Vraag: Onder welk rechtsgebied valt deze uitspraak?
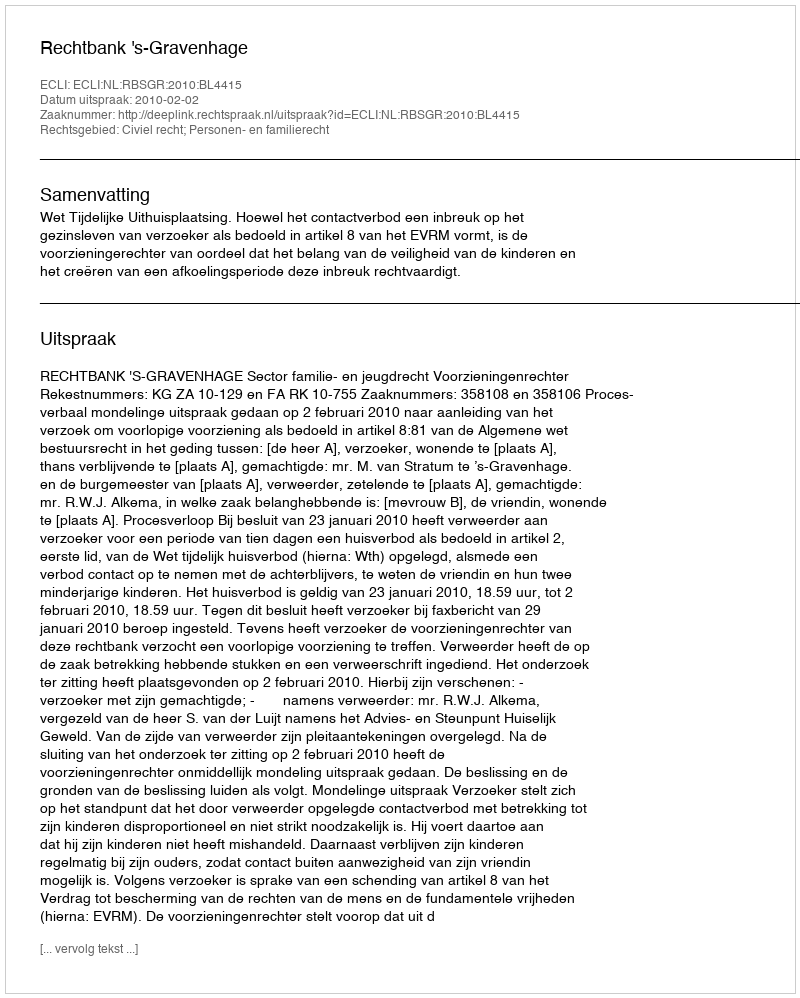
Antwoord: Civiel recht; Personen- en familierecht